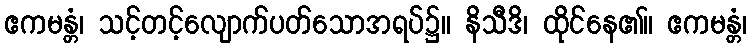
ဧကမန္တံ၊ သင့်တင့်လျောက်ပတ်သောအရပ်၌။ နိသီဒိ၊ ထိုင်နေ၏။ ဧကမန္တံ၊